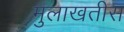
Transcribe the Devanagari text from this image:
मुलाखतीस